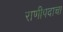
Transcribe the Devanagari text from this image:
राणीपदाचा